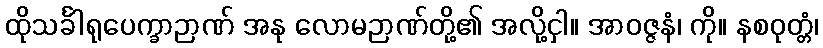
ထိုသင်္ခါရုပေက္ခာဉာဏ် အနု လောမဉာဏ်တို့၏ အလို့ငှါ။ အာဝဇ္ဇနံ၊ ကို။ နစဝုတ္တံ၊